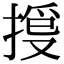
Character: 𢯳